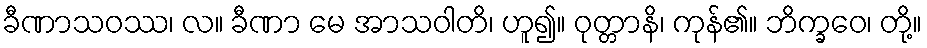
ခီဏာသဝဿ၊ လ။ ခီဏာ မေ အာသဝါတိ၊ ဟူ၍။ ဝုတ္တာနိ၊ ကုန်၏။ ဘိက္ခဝေ၊ တို့။